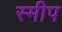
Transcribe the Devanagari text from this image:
स्मीप